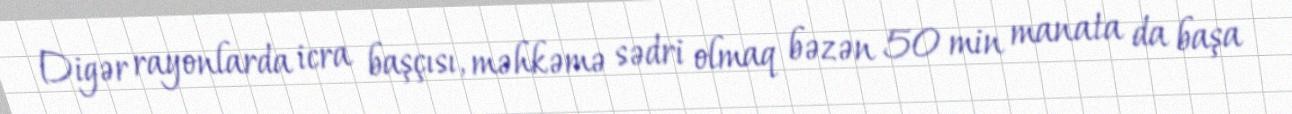
Digər rayonlarda icra başçısı, məhkəmə sədri olmaq bəzən 50 min manata da başa